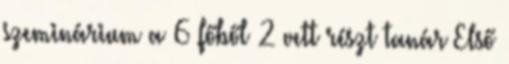
szeminárium a 6 főből 2 vett részt tanár Első